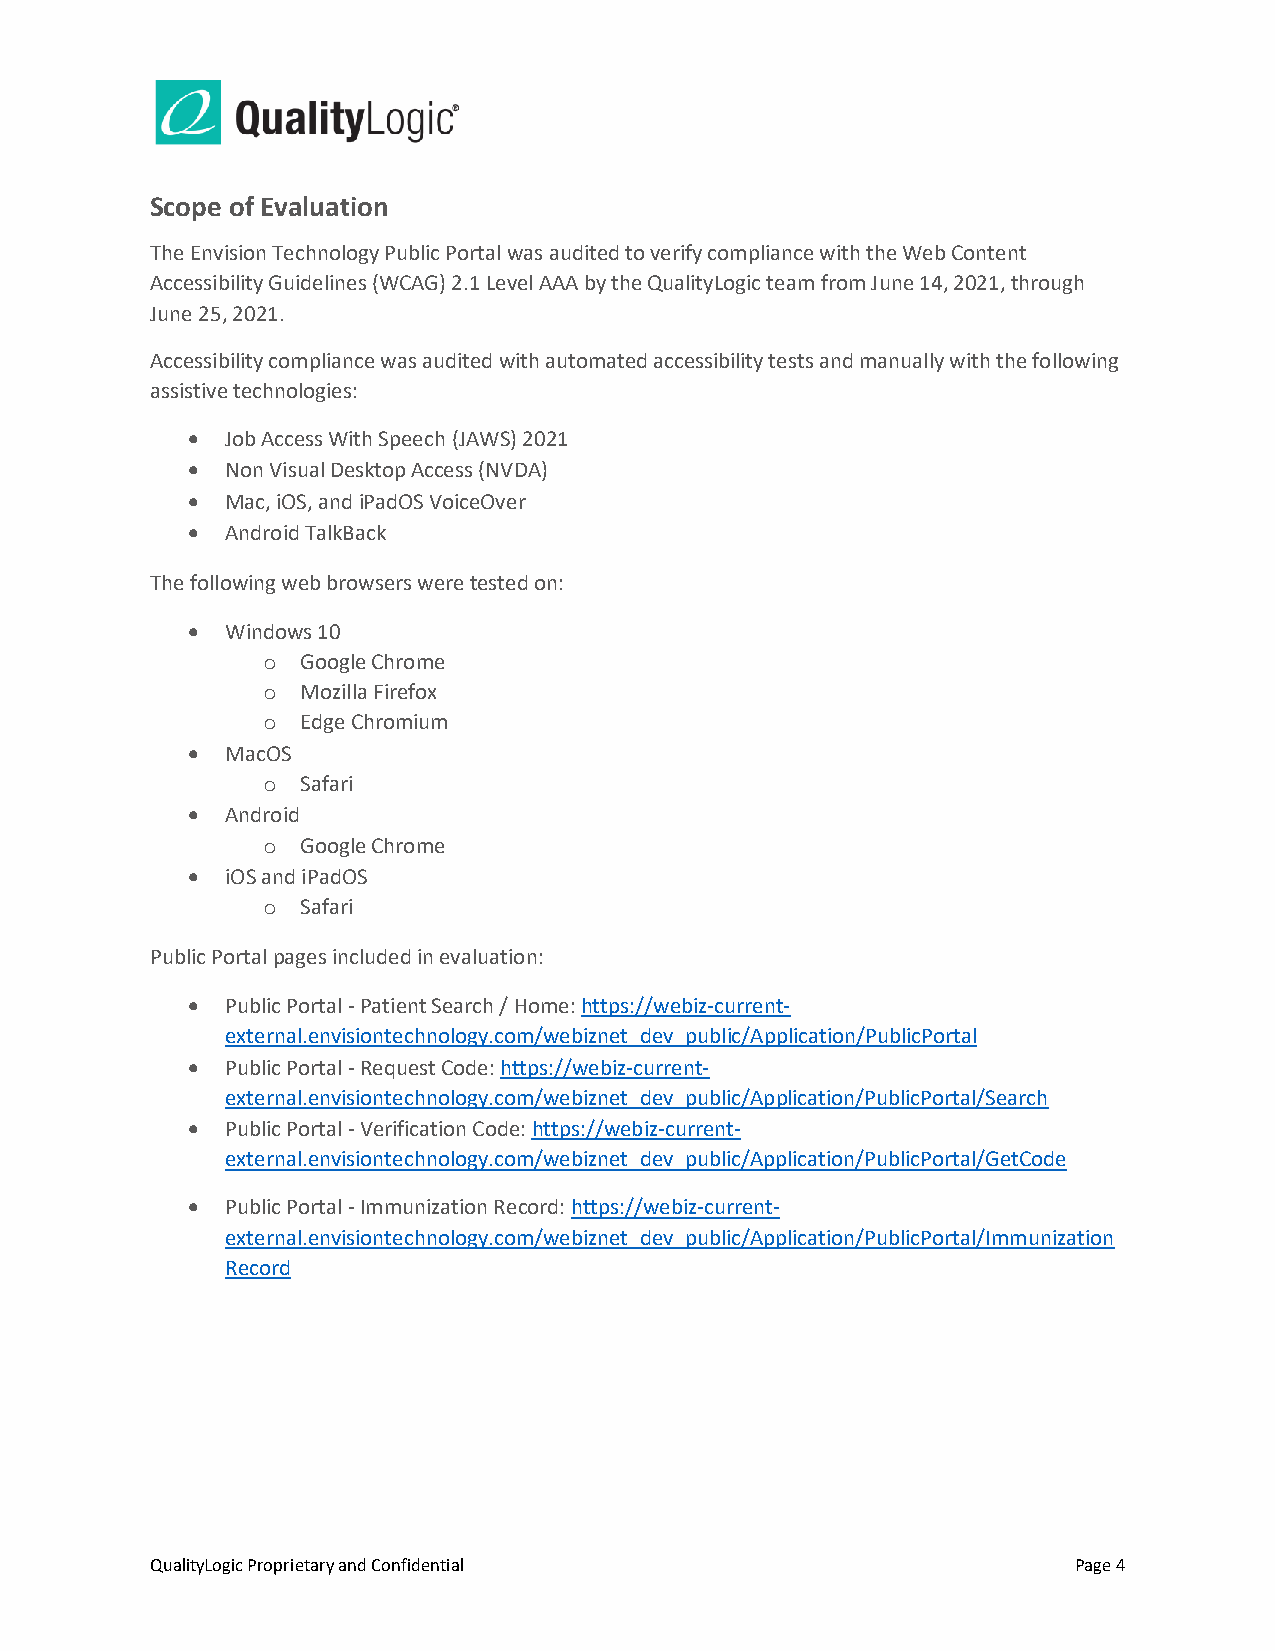
Scope of Evaluation
 The Envision Technology Public Portal was audited to verify compliance with the Web Content
 Accessibility Guidelines (WCAG) 2.1 Level AAA by the QualityLogic team from June 14, 2021, through
 June 25, 2021.
 Accessibility compliance was audited with automated accessibility tests and manually with the following
 assistive technologies:
 •  Job Access With Speech (JAWS) 2021
 •  Non Visual Desktop Access (NVDA)
 •  Mac, iOS, and iPadOS VoiceOver
 •  Android TalkBack
 The following web browsers were tested on:
 •  Windows 10
 o  Google Chrome
 o  Mozilla Firefox
 o  Edge Chromium
 •  MacOS
 o  Safari
 •  Android
 o  Google Chrome
 •  iOS and iPadOS
 o  Safari
 Public Portal pages included in evaluation:
 •  Public Portal - Patient Search / Home: https://webiz-current-
 external.envisiontechnology.com/webiznet_dev_public/Application/PublicPortal
 •  Public Portal - Request Code: https://webiz-current-
 external.envisiontechnology.com/webiznet_dev_public/Application/PublicPortal/Search
 •  Public Portal - Verification Code: https://webiz-current-
 external.envisiontechnology.com/webiznet_dev_public/Application/PublicPortal/GetCode
 •  Public Portal - Immunization Record: https://webiz-current-
 external.envisiontechnology.com/webiznet_dev_public/Application/PublicPortal/Immunization
 Record
 QualityLogic Proprietary and Confidential                    Page 4